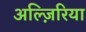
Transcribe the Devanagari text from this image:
अल्ज़िरिया